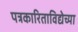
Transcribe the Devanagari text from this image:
पत्रकारिताविद्येच्या